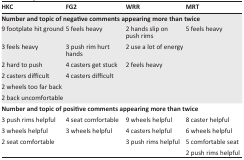
<table><thead><tr><td><b>HKC</b></td><td><b>FG2</b></td><td><b>WRR</b></td><td><b>MRT</b></td></tr></thead><tbody><tr><td colspan="4"><b>Number and topic of negative comments appearing more than twice</b></td></tr><tr><td>9 footplate hit ground</td><td>5 feels heavy</td><td>2 hands slip on push rims</td><td>5 feels heavy</td></tr><tr><td>3 feels heavy</td><td>3 push rim hurt hands</td><td>2 use a lot of energy</td><td></td></tr><tr><td>2 hard to push</td><td>4 casters get stuck</td><td>2 feels heavy</td><td></td></tr><tr><td>2 casters difficult</td><td>4 casters difficult</td><td></td><td></td></tr><tr><td>2 wheels too far back</td><td></td><td></td><td></td></tr><tr><td>2 back uncomfortable</td><td></td><td></td><td></td></tr><tr><td colspan="4"><b>Number and topic of positive comments appearing more than twice</b></td></tr><tr><td>3 push rims helpful</td><td>4 seat comfortable</td><td>9 wheels helpful</td><td>8 caster helpful</td></tr><tr><td>3 wheels helpful</td><td>3 wheels helpful</td><td>4 casters helpful</td><td>6 wheels helpful</td></tr><tr><td>2 seat comfortable</td><td></td><td>3 push rims helpful</td><td>5 comfortable seat</td></tr><tr><td></td><td></td><td></td><td>2 push rims helpful</td></tr></tbody></table>